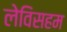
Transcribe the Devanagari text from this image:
लेविसहम